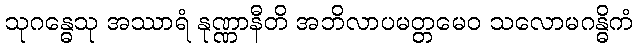
သုဂန္ဓေသု အဿာရံ နုဏ္ဏာနီတိ အဘိလာပမတ္တမေဝ သလောမဂန္ဓိကံ